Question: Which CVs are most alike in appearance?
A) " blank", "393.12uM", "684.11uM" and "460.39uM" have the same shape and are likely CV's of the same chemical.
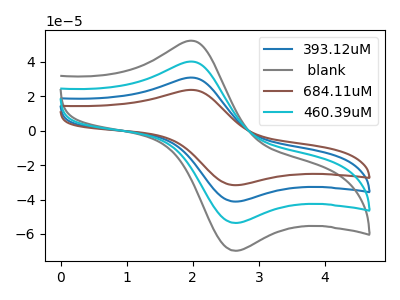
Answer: <think>The blue curve "393.12uM" has an anodic peak at (2.00V, 80.30uA) and a cathodic peak at (2.65V, -107.20uA). The gray curve " blank" has an anodic peak at (2.00V, 52.25uA) and a cathodic peak at (2.65V, -69.75uA). The brown curve "684.11uM" has an anodic peak at (2.00V, 120.45uA) and a cathodic peak at (2.65V, -160.85uA). The cyan curve "460.39uM" has an anodic peak at (2.00V, 40.15uA) and a cathodic peak at (2.65V, -53.60uA).
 All the peaks in "393.12uM" have a peak in " blank" at the same potential. Every peak in "393.12uM" is higher than every peak in " blank". All the peaks in "393.12uM" have a peak in "684.11uM" at the same potential. Every peak in "393.12uM" is lower than every peak in "684.11uM". All the peaks in "393.12uM" have a peak in "460.39uM" at the same potential. Every peak in "393.12uM" is higher than every peak in "460.39uM". All the peaks in " blank" have a peak in "684.11uM" at the same potential. Every peak in " blank" is lower than every peak in "684.11uM". All the peaks in " blank" have a peak in "460.39uM" at the same potential. Every peak in " blank" is higher than every peak in "460.39uM". All the peaks in "684.11uM" have a peak in "460.39uM" at the same potential. Every peak in "684.11uM" is higher than every peak in "460.39uM".</think>
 <answer>A) " blank", "393.12uM", "684.11uM" and "460.39uM" have the same shape and are likely CV's of the same chemical.</answer>
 <eval>A</eval>